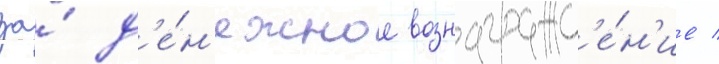
за́ д'е́н'ежное вознагражд'е́н'ие /